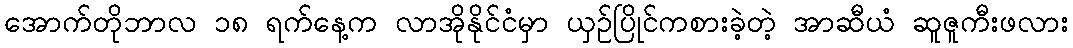
အောက်တိုဘာလ ၁၈ ရက်နေ့က လာအိုနိုင်ငံမှာ ယှဉ်ပြိုင်ကစားခဲ့တဲ့ အာဆီယံ ဆူဇူကီးဖလား